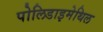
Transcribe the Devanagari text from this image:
पोलिडाइमेथिल